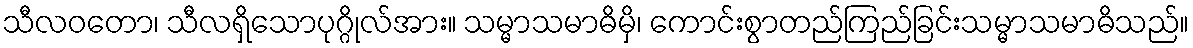
သီလဝတော၊ သီလရှိသောပုဂ္ဂိုလ်အား။ သမ္မာသမာဓိမှိ၊ ကောင်းစွာတည်ကြည်ခြင်းသမ္မာသမာဓိသည်။